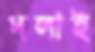
দলাই